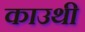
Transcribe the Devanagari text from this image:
काउथी